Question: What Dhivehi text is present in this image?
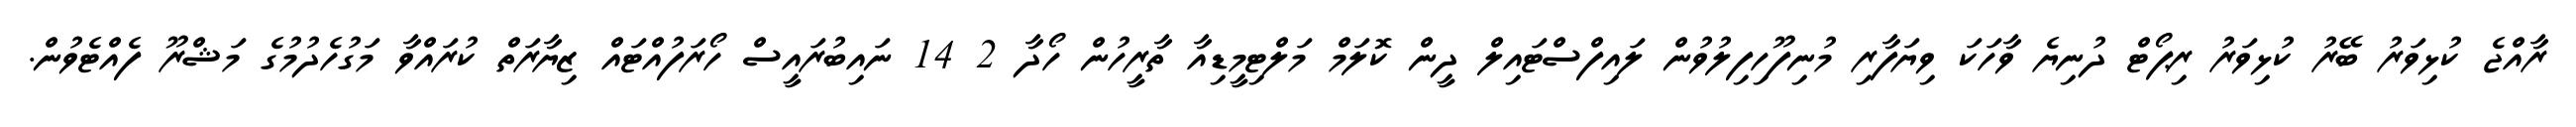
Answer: ރާއްޖެ ކުޅިވަރު ބޭރު ކުޅިވަރު ރިޕޯޓް ދުނިޔެ ވާހަކަ ވިޔަފާރި މުނިފޫހިފިލުވުން ލައިފްސްޓައިލް ދީން ކޮލަމް މަލްޓިމީޑިއާ ތާރީހުން ހޯދާ 2 14 ނައިބުރައީސް ހޯރަފުއްޓައް ޒިޔާރަތް ކުރައްވާ މަގުހެދުމުގެ މަޝްރޫ ފެއްޓެވުން.